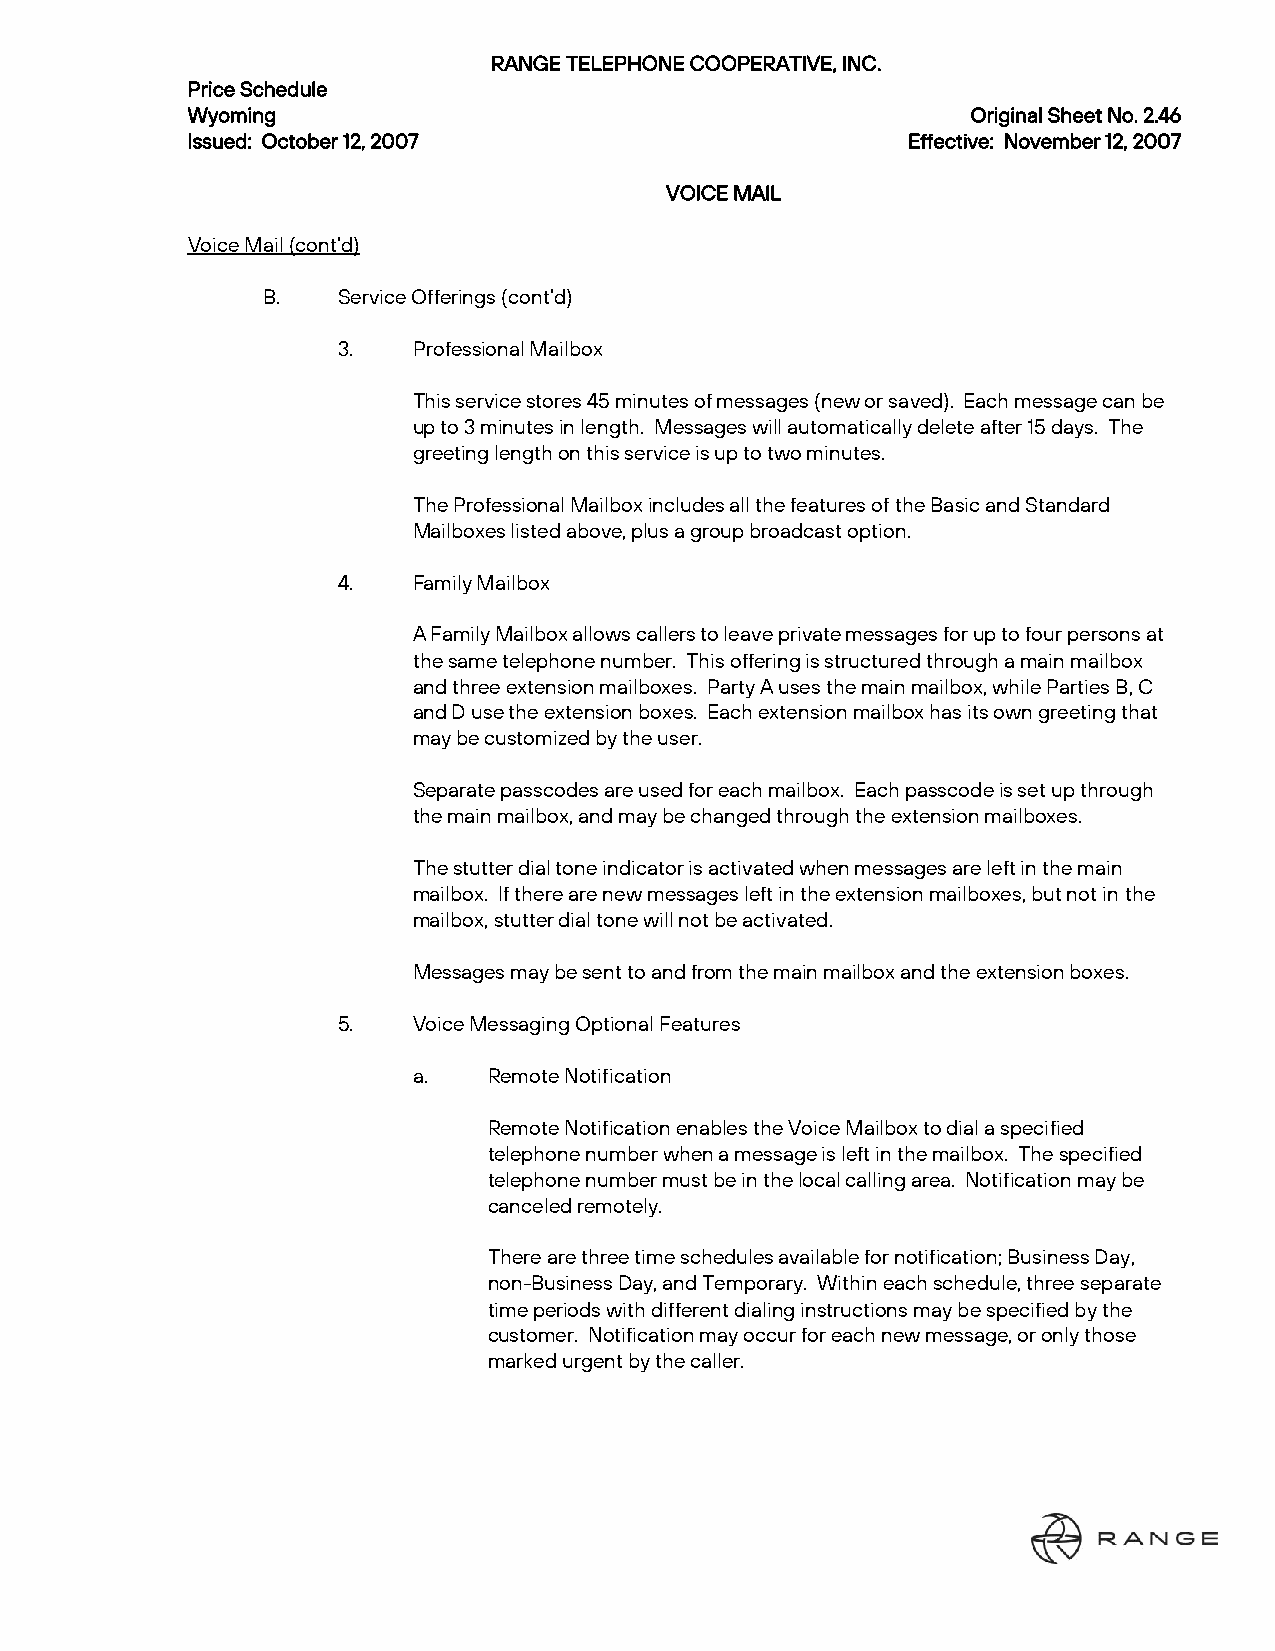
RANGE TELEPHONE COOPERATIVE, INC.
 Price Schedule
 Wyoming                                             Original Sheet No. 2.46
 Issued: October 12, 2007                        Effective: November 12, 2007
 VOICE MAIL
 Voice Mail (cont’d)
 B.   Service Offerings (cont’d)
 3.   Professional Mailbox
 This service stores 45 minutes of messages (new or saved). Each message can be
 up to 3 minutes in length. Messages will automatically delete after 15 days. The
 greeting length on this service is up to two minutes.
 The Professional Mailbox includes all the features of the Basic and Standard
 Mailboxes listed above, plus a group broadcast option.
 4.   Family Mailbox
 A Family Mailbox allows callers to leave private messages for up to four persons at
 the same telephone number. This offering is structured through a main mailbox
 and three extension mailboxes. Party A uses the main mailbox, while Parties B, C
 and D use the extension boxes. Each extension mailbox has its own greeting that
 may be customized by the user.
 Separate passcodes are used for each mailbox. Each passcode is set up through
 the main mailbox, and may be changed through the extension mailboxes.
 The stutter dial tone indicator is activated when messages are left in the main
 mailbox. If there are new messages left in the extension mailboxes, but not in the
 mailbox, stutter dial tone will not be activated.
 Messages may be sent to and from the main mailbox and the extension boxes.
 5.   Voice Messaging Optional Features
 a.   Remote Notification
 Remote Notification enables the Voice Mailbox to dial a specified
 telephone number when a message is left in the mailbox. The specified
 telephone number must be in the local calling area. Notification may be
 canceled remotely.
 There are three time schedules available for notification; Business Day,
 non-Business Day, and Temporary. Within each schedule, three separate
 time periods with different dialing instructions may be specified by the
 customer. Notification may occur for each new message, or only those
 marked urgent by the caller.